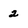
Character: 2